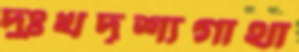
দুঃখদৃশ্যগাথা